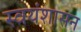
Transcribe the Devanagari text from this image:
स्वयंशासन